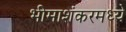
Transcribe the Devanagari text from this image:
भीमाशंकरमध्ये